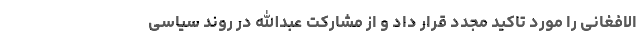
الافغانی را مورد تاکید مجدد قرار داد و از مشارکت عبدالله در روند سیاسی